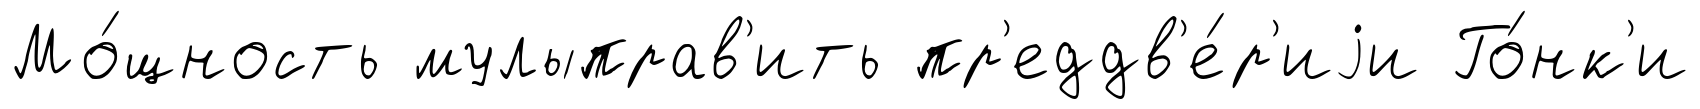
Мо́щность мулыправ'ить пр'еддв'е́р'иjи Го́нк'и